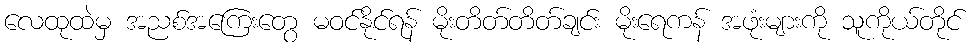
လေထုထဲမှ အညစ်အကြေးတွေ မဝင်နိုင်ရန် မိုးတိတ်တိတ်ချင်း မိုးရေကန် အဖုံးများကို သူကိုယ်တိုင်